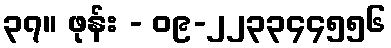
၃၇။ ဖုန်း - ၀၉-၂၂၃၃၄၄၅၅၆